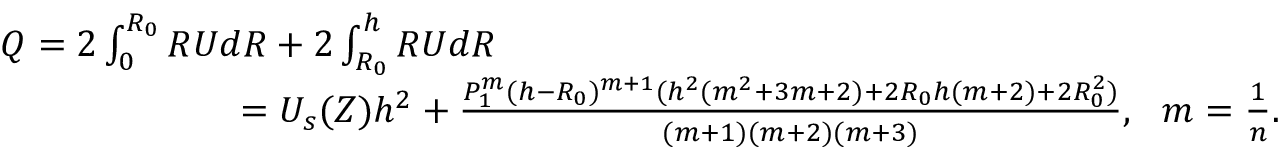
\begin{array} { r } { Q = 2 \int _ { 0 } ^ { R _ { 0 } } R U d R + 2 \int _ { R _ { 0 } } ^ { h } R U d R ~ ~ ~ ~ ~ ~ ~ ~ ~ ~ ~ ~ ~ ~ ~ ~ ~ ~ ~ ~ ~ ~ ~ ~ ~ ~ ~ ~ ~ ~ ~ ~ ~ ~ ~ ~ ~ ~ ~ ~ ~ ~ ~ ~ ~ ~ ~ ~ ~ ~ ~ ~ ~ ~ ~ ~ ~ ~ ~ ~ ~ ~ } \\ { = U _ { s } ( Z ) h ^ { 2 } + \frac { P _ { 1 } ^ { m } ( h - R _ { 0 } ) ^ { m + 1 } ( h ^ { 2 } ( m ^ { 2 } + 3 m + 2 ) + 2 R _ { 0 } h ( m + 2 ) + 2 R _ { 0 } ^ { 2 } ) } { ( m + 1 ) ( m + 2 ) ( m + 3 ) } , ~ ~ m = \frac { 1 } { n } . } \end{array}